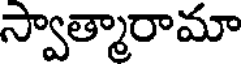
స్వాత్మారామా